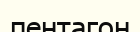
пентагон